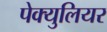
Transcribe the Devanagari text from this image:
पेक्युलियर